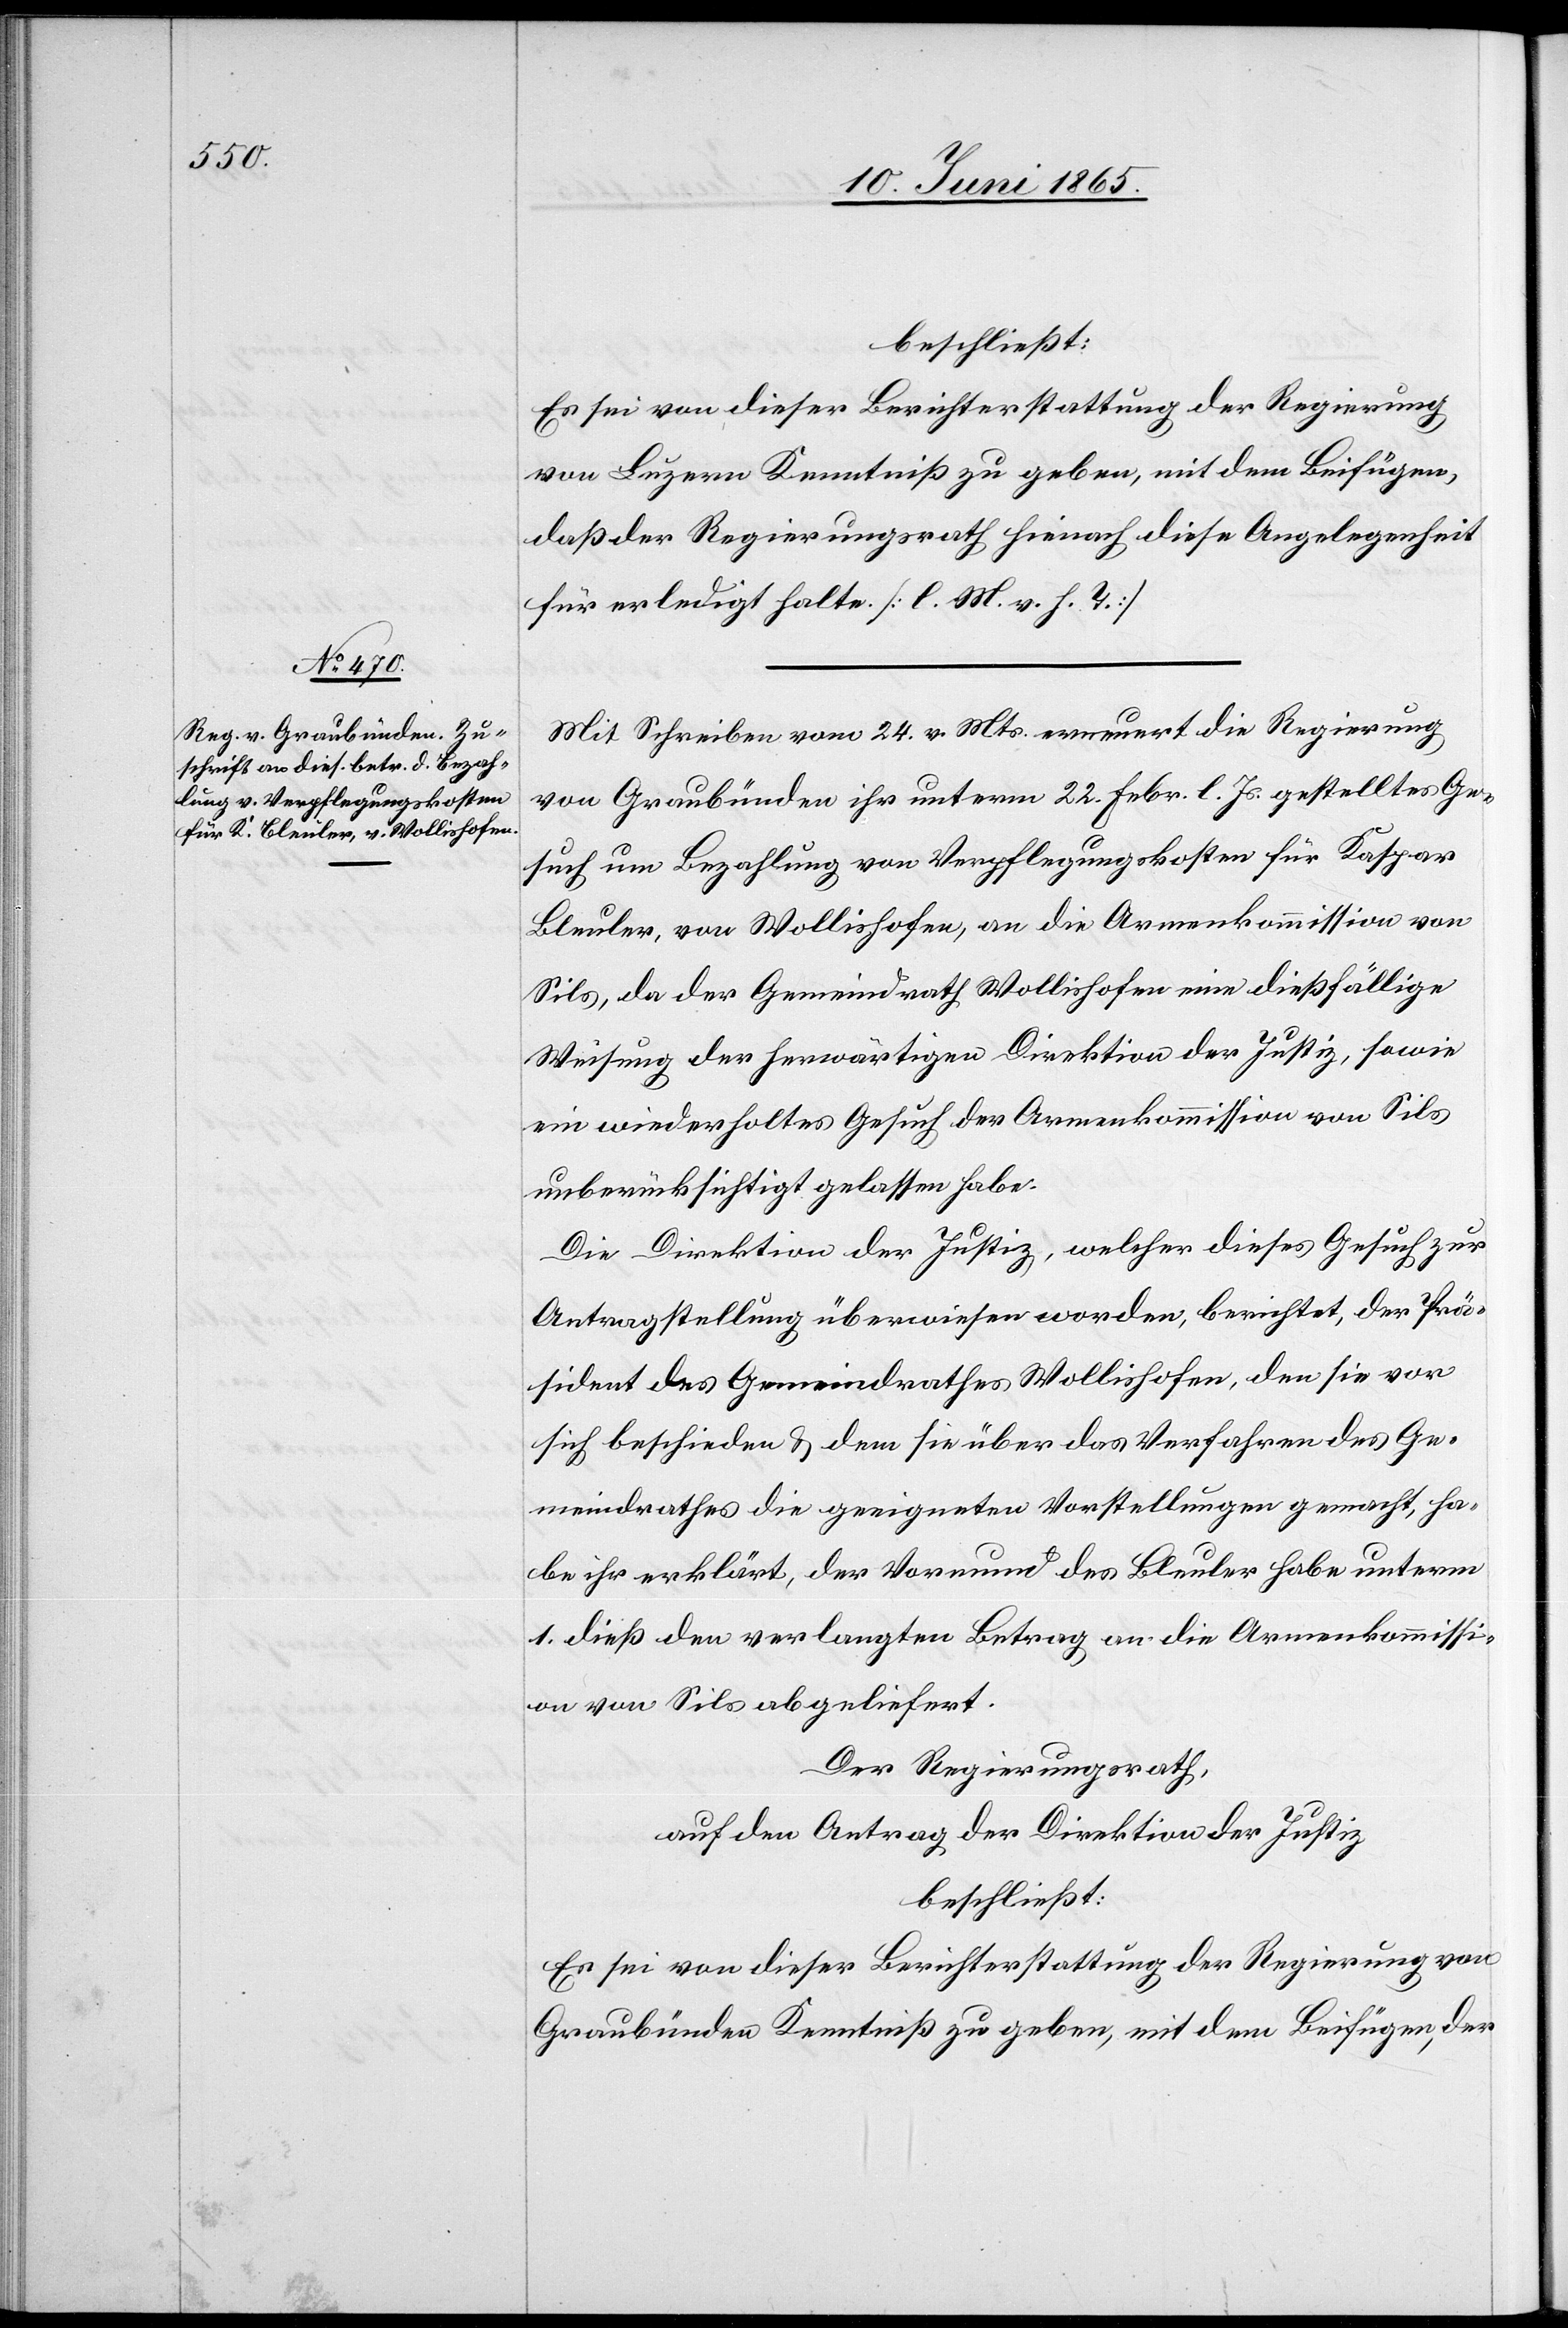
beschließt:
Es sei von dieser Berichterstattung der Regierung
von Luzern Kenntniß zu geben, mit dem Beifügen,
daß der Regierungsrath hienach diese Angelegenheit
für erledigt halte. [l. M. v. h. T.]
Mit Schreiben vom 24. v. Mts. erneuert die Regierung
von Graubünden ihr unterm 22. Febr. l. Js. gestelltes Ge¬
such um Bezahlung von Verpflegungskosten für Kaspar
Bleuler, von Wollishofen, an die Armenkommission von
Sils, da der Gemeindrath Wollishofen eine dießfällige
Weisung der herwärtigen Direktion der Justiz, sowie
ein wiederholtes Gesuch der Armenkommission von Sils
unberücksichtigt gelassen habe.
Die Direktion der Justiz, welcher dieses Gesuch zur
Antragstellung überwiesen worden, berichtet, der Prä¬
sident des Gemeindrathes Wollishofen, den sie vor
sich beschieden & dem sie über das Verfahren des Ge¬
meindrathes die geeigneten Vorstellung gemacht, ha¬
be ihr erklärt, der Vormund des Bleuler habe unterm
1. dieß den verlangten Betrag an die Armenkommissi¬
on von Sils abgeliefert.
Der Regierungsrath,
auf den Antrag der Direktion der Justiz
beschließt:
Es sei von dieser Berichterstattung der Regierung von
Graubünden Kenntniß zu geben, mit dem Beifügen, der